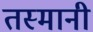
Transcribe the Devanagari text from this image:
तस्मानी